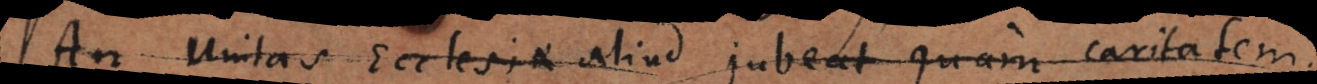
An Unitas Ecclesiae aliud jubeat quam caritatem.